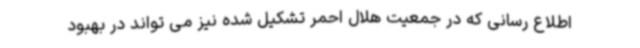
اطلاع رسانی که در جمعیت هلال احمر تشکیل شده نیز می تواند در بهبود